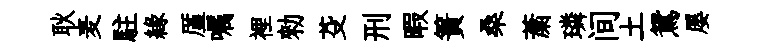
耿麦駐縁厪嘱裡勑芟刑暇簀桑䔥璘间土鴛屡